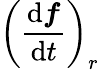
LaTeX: \left({\frac{\mathrm{d}{\boldsymbol{f}}}{\mathrm{d}t}}\right)_{r}